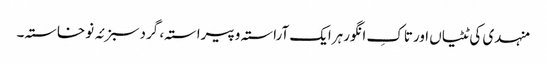
منہدی کی ٹٹیاں اورتاکِ انگورہرایک آراستہ وپیراستہ، گردسبزئہ نوخاستہ۔